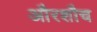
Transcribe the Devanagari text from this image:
औरशौच